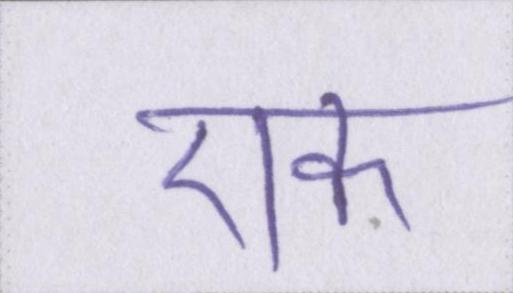
एक